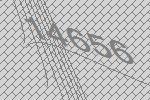
14656